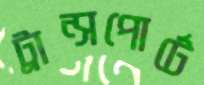
ট্রান্সপোর্টে